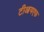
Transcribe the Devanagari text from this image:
टीआयएफ